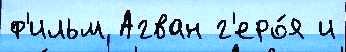
ф'ильм Агван г'еро́я и